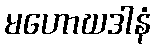
မဟောဃဒါနံ